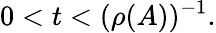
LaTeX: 0<t<(\rho(A))^{-1}.